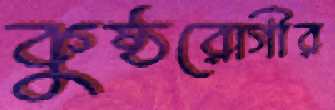
কুষ্ঠরোগীর